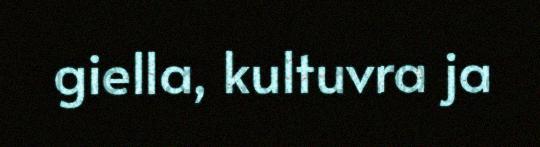
giella, kultuvra ja